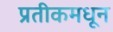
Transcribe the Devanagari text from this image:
प्रतीकमधून